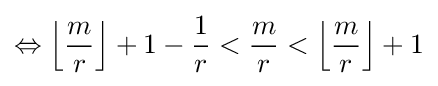
\Leftrightarrow \left\lfloor {\frac {m}{r}}\right\rfloor +1-{\frac {1}{r}}<{\frac {m}{r}}<\left\lfloor {\frac {m}{r}}\right\rfloor +1